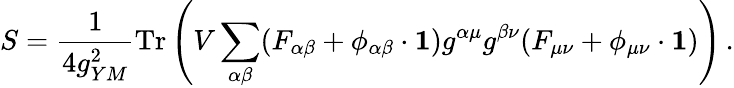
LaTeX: S=\frac{1}{4g_{YM}^{2}}\mathrm{Tr}\left(V\sum_{\alpha\beta}(F_{\alpha\beta}+\phi_{\alpha\beta}\cdot{\mathbf 1})g^{\alpha\mu}g^{\beta\nu}(F_{\mu\nu}+\phi_{\mu\nu}\cdot{\mathbf 1})\right)\, .